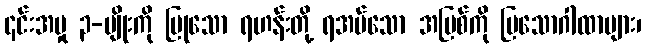
၎င်းအမှု ၃-မျိုးကို ပြုသော ရဟန်းတို့ ရအပ်သော အပြစ်ကို ပြသောဂါထာများ၊